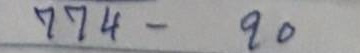
774 - 20